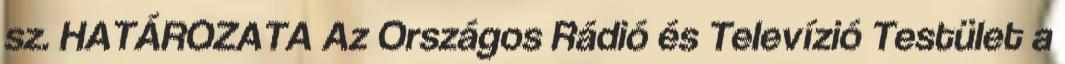
sz. HATÁROZATA Az Országos Rádió és Televízió Testület a